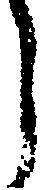
う